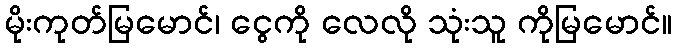
မိုးကုတ်မြမောင်၊ ငွေကို လေလို သုံးသူ ကိုမြမောင်။